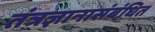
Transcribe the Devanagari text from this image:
तंत्रज्ञानासंबंधित